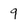
Character: 9